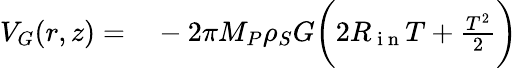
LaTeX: \begin{array}{rl}{V_{G}(r,z)=}&{{}-2\pi M_{P}\rho_{S}G\bigg(2R_{\mathrm{~i~n~}}T+\frac{T^{2}}{2}\bigg)}\end{array}